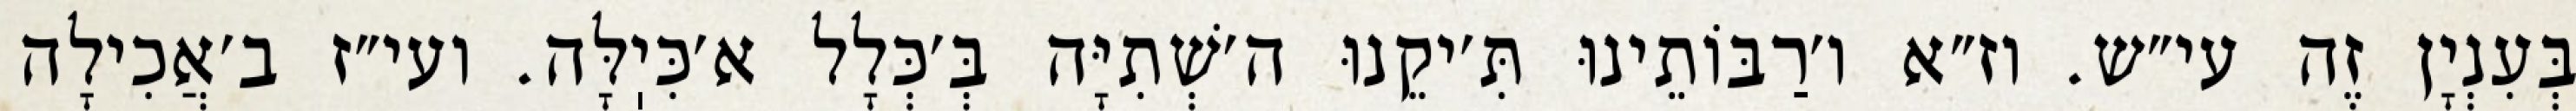
בְּעִנְיָן זֶה עי״ש. וז״א ו׳רַבּוֹתֵינוּ תִּ׳יקֵנוּ ה׳שְׁתִיָּה בְּ׳כְּלָל א׳כִּיֽלָּה. ועי״ז ב׳אֲכִילָה